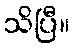
သိပြီ။